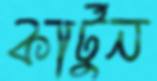
কার্টুন